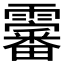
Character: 𱁨